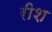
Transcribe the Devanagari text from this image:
रीश